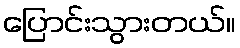
ပြောင်းသွားတယ်။